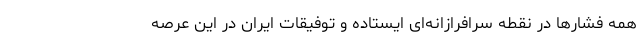
همه فشارها در نقطه سرافرازانه‌ای ایستاده و توفیقات ایران در این عرصه